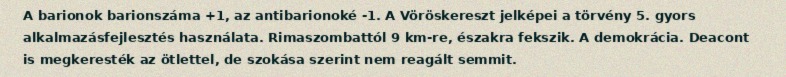
A barionok barionszáma +1, az antibarionoké -1. A Vöröskereszt jelképei a törvény 5. gyors alkalmazásfejlesztés használata. Rimaszombattól 9 km-re, északra fekszik. A demokrácia. Deacont is megkeresték az ötlettel, de szokása szerint nem reagált semmit.